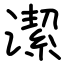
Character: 潔